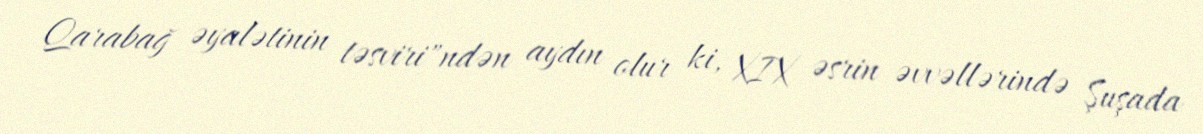
Qarabağ əyalətinin təsviri"ndən aydın olur ki, XIX əsrin əvvəllərində Şuşada